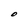
Character: O